Report on vaccination in Madras 1895-1903 - 1895-1903
Year: 1895
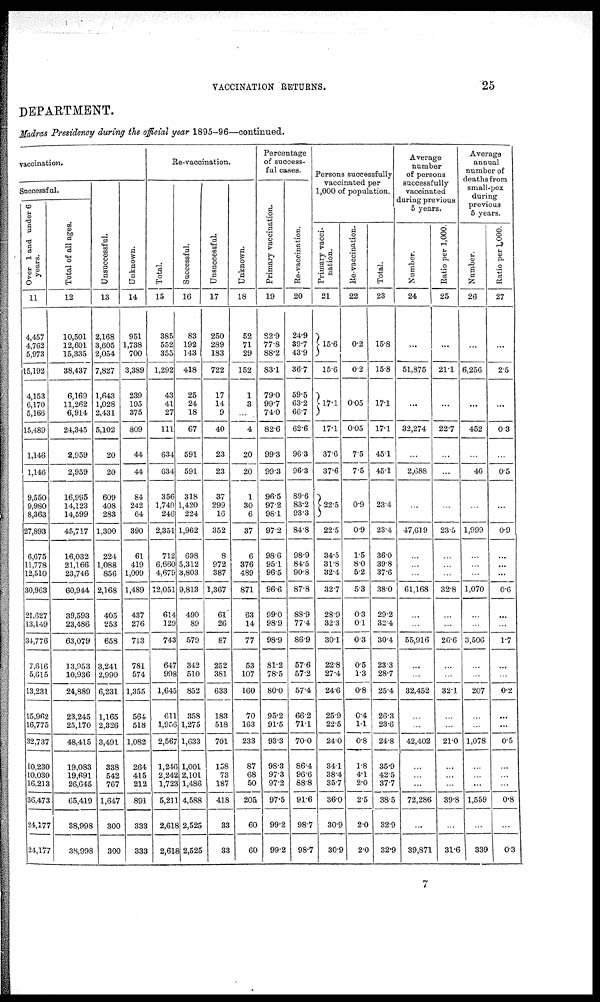
VACCINATION RETURNS.
25
DEPARTMENT.
Madras Presidency during the official year 1895-96—continued.
vaccination.
Successful.
Over 1 and under 6
years.
11
4,457
4,762
5,973
15,192
4,153
6,170
5,166
15,489
1,146
1,146
9,550
9,980
8,363
27,893
6,675
11,778
12,510
30,963
21,627
13,149
34,776
7,616
5,615
13,231
15,962
16,775
32,737
10,230
10,030
16,213
36,473
24,177
24,177
Total of all ages.
12
10,501
12,601
15,335
38,437
6,169
11,262
6,914
24,345
2,959
2,959
16,995
14,123
14,599
45,717
16,032
21,166
23,746
60,944
39,593
23,486
63,079
13,953
10,936
24,889
23,245
25,170
48,415
19,083
19,691
26,645
65,419
88,998
38,998
Unsuccessful.
13
2,168
3,605
2,054
7,827
1,643
1,028
2,431
5,102
20
20
609
408
283
1,300
224
1,088
856
2,168
405
253
658
3,241
2,990
6,231
1,165
2,326
3,491
338
542
767
1,647
300
300
Unknown.
14
951
1,738
700
3,389
239
195
375
809
44
44
84
242
64
390
61
419
1,009
1,489
437
276
713
781
574
1,355
564
518
1,082
264
415
212
891
333
333
Re-vaccination.
Total.
15
385
552
355
1,292
43
41
27
111
634
634
356
1,749
246
2,351
712
6,660
4,670
12,051
614
129
743
647
998
1,645
611
1,956
2,567
l,246
2,242
1,723
5,211
2,618
2,618
Successful.
16
83
192
143
418
25
24
18
67
591
591
318
1,420
224
1,962
698
5,312
3,803
9,813
490
89
579
342
510
852
358
1,275
1,633
1,001
2,101
1,486
4,588
2,525
2,525
Unsuccessful.
17
250
289
183
722
17
14
9
40
23
23
37
299
16
352
8
972
387
1,367
61
26
87
252
381
633
183
518
701
158
73
187
418
33
33
Unknown.
18
52
71
29
152
1
3
...
4
20
20
1
30
6
37
6
376
489
871
63
14
77
53
107
160
70
163
233
87
68
50
205
60
60
Percentage
of success-
ful cases.
Primary vaccination.
19
82.9
77.8
88.2
83.1
79.0
99.7
74.0
82.6
99.3
99.3
96.5
97.2
98.1
97.2
98.6
95.1
96.5
96.6
99.0
98.9
98.9
81.2
78.5
80.0
95.2
91.5
93.3
98.3
97.3
97.2
97.5
99.2
99.2
Re-vaccination.
20
24.9
39.7
43.9
36.7
59.5
63.2
66.7
62.6
96.3
96.3
89.6
83.2
93.3
84.8
98.9
84.5
90.8
37.8
88.9
77.4
86.9
57.6
57.2
57.4
66.2
71.1
70.0
86.4
96.6
88.8
91.6
98.7
98.7
Persons successfully
vaccinated per
1,000 of population.
Primary vacci-
nation.
21
15.6
15.6
17.1
17.1
37.6
37.6
22.5
22.5
34.5
31.8
32.4
32.7
28.9
32.3
30.1
22.8
27.4
24.6
25.9
22.5
24.0
34.1
38.4
35.7
36.0
30.9
30.9
Re-vaccination.
22
0.2
0.2
0.05
0.05
7.5
7.5
0.9
0.9
1.5
8.0
5.2
5.3
0.3
0.1
0.3
0.5
1.3
0.8
0.4
1.1
0.8
1.8
4.1
2.0
2.5
2.0
2.0
Total.
23
15.8
15.8
17.1
17.1
45.1
45.1
23.4
23.4
36.0
39.8
37.6
38.0
29.2
312.4
30.4
23.3
28.7
25.4
26.3
23.6
24.8
35.9
42.5
37.7
38.5
32.9
32.9
Average
number
of persons
successfully
vaccinated
during previous
5 years.
Number.
24
...
51,875
...
32,274
...
2,688
...
47,619
...
...
...
61,168
...
...
55,916
...
...
32,452
...
...
42,402
...
...
...
72,286
...
39,871
Ratio per 1,000.
25
...
21.1
...
22.7
...
...
...
23.5
...
...
...
32.8
...
...
26.6
...
...
32.1
...
...
21.0
...
...
...
39.8
...
31.6
Average
annual
number of
deaths from
small-pox
during
previous
5 years.
Number.
26
...
6,256
...
452
...
40
...
1,999
...
...
...
1,070
...
...
3,506
...
...
207
...
...
1,078
...
...
...
1,559
...
339
Ratio per 1,000.
27
...
2.5
...
0.3
...
0.5
...
0.9
...
...
...
0.6
...
...
1.7
...
...
0.2
...
...
0.5
...
...
...
0.8
...
0.3
7